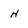
Character: N